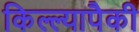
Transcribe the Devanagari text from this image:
किल्ल्यापैकी